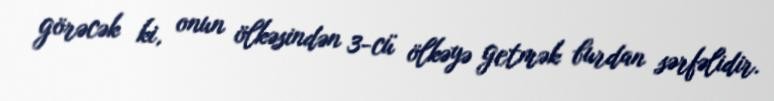
görəcək ki, onun ölkəsindən 3-cü ölkəyə getmək burdan sərfəlidir.